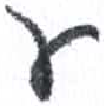
אות: ע